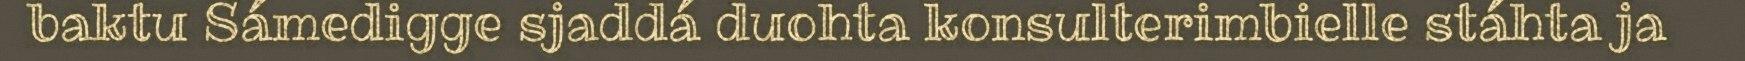
baktu Sámedigge sjaddá duohta konsulterimbielle stáhta ja